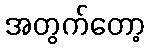
အတွက်တော့